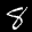
Label: 8